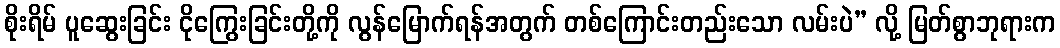
စိုးရိမ် ပူဆွေးခြင်း ငိုကြွေးခြင်းတို့ကို လွန်မြောက်ရန်အတွက် တစ်ကြောင်းတည်းသော လမ်းပဲ” လို့ မြတ်စွာဘုရားက